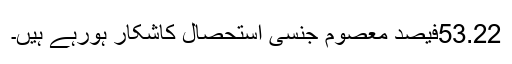
53.22فیصد معصوم جنسی استحصال کاشکار ہورہے ہیں۔